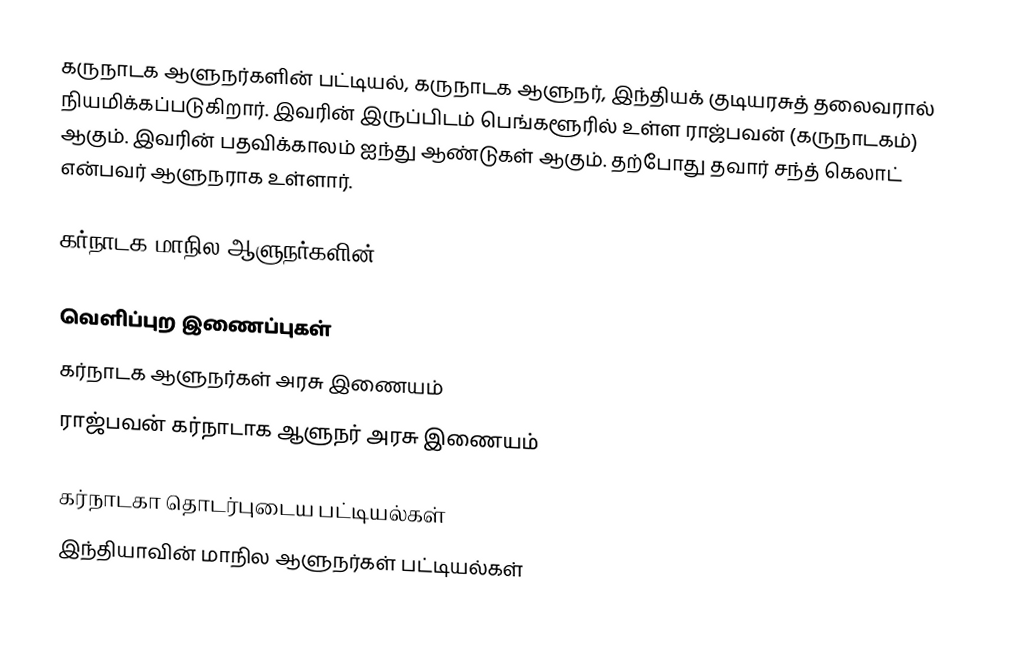
கருநாடக ஆளுநர்களின் பட்டியல், கருநாடக ஆளுநர், இந்தியக் குடியரசுத் தலைவரால் நியமிக்கப்படுகிறார். இவரின் இருப்பிடம் பெங்களூரில் உள்ள ராஜ்பவன் (கருநாடகம்) ஆகும். இவரின் பதவிக்காலம் ஐந்து ஆண்டுகள் ஆகும். தற்போது தவார் சந்த் கெலாட் என்பவர் ஆளுநராக உள்ளார்.

கர்நாடக மாநில ஆளுநர்களின்

வெளிப்புற இணைப்புகள்
 கர்நாடக ஆளுநர்கள் அரசு இணையம்
 ராஜ்பவன் கர்நாடாக ஆளுநர் அரசு இணையம்

கர்நாடகா தொடர்புடைய பட்டியல்கள்
இந்தியாவின் மாநில ஆளுநர்கள் பட்டியல்கள்